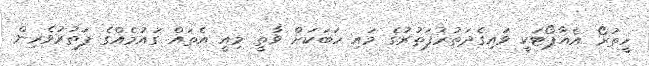
ހީތުރޯ އެއާޕޯޓަކީ ވައިގެދަތުރުފަތުރުގެ މައި ހަބަކަށް ވާތީ މިއީ އެތައް ގައުމެއްގެ ފަތުރުވެރިން